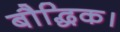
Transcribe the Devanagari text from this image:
बौद्धिक।